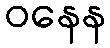
ဝနေန